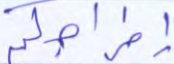
إخراجكم